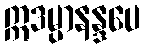
ဣဒမ္ပာနန္ဒပေ